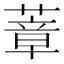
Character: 蔁